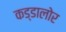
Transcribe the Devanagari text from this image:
कड्डालोर